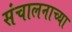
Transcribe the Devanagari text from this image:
संचालनाच्या